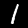
Label: 1